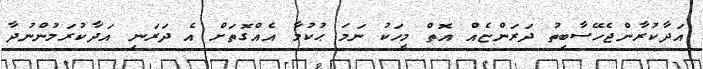
އަދާކުރާންޖެހޭސާބިތު ދަރަންޏެއް އޮތް މީހަކު ނަމަ ޙުކުމާ އެއްގޮތަށް އެ ދަރަނި އަދާކުރަމުންނުދާ